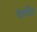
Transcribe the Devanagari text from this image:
चेतवित